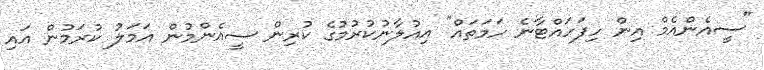
"ސީއެންއެމް އިން ހިފަހައްޓާނެ ހަމަތައް" އިއުލާނުކުރުމުގެ ކުރިން ސީއެންމުން އަމަލު ކުރަމުން އައި